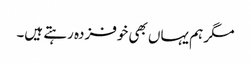
مگر ہم یہاں بھی خوفزدہ رہتے ہیں۔